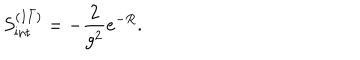
S _ { \mathrm { i n t } } ^ { ( I \bar { I } ) } = - \frac { 2 } { g ^ { 2 } } e ^ { - R } .